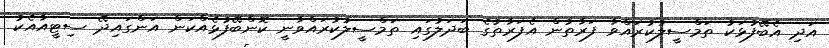
އަދި އެބޭފުޅަކު ތަމްސީލުކުރައްވާ ފަރާތުން އެފަރާތުގެ ބަދަލުގައި ތަމްސީލުކުރައްވާނީ ކޮންބޭފުޅެއްކަން އަންގައިދޭ ސިޓީއާއެކު